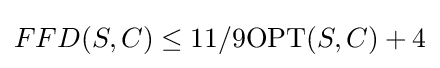
FFD(S,C)\leq 11/9\mathrm {OPT} (S,C)+4